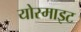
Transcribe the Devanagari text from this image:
योस्माइट